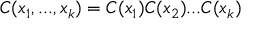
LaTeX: C ( x _ { 1 } , . . . , x _ { k } ) = C ( x _ { 1 } ) C ( x _ { 2 } ) . . . C ( x _ { k } )